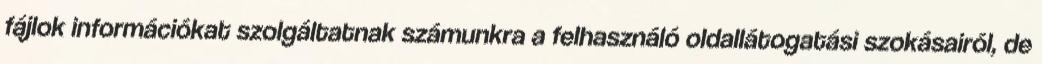
fájlok információkat szolgáltatnak számunkra a felhasználó oldallátogatási szokásairól, de